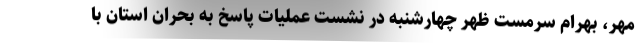
مهر، بهرام سرمست ظهر چهارشنبه در نشست عملیات پاسخ به بحران استان با